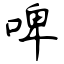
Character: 啤